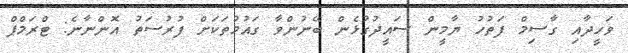
ވަހީދާއި ގާސިމް ފަތުހު ޔާމީން ސައީދުގުޅެން ބޭނުންވާ ގައުމުތަކަށް ފުރުސަތު އޮންނާނެ: ޓްރަމްޕް